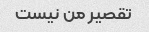
تقصیر من نیست